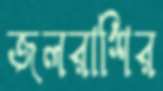
জলরাশির